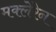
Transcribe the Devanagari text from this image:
मक्लेरेन